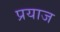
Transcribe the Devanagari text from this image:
प्रयाज